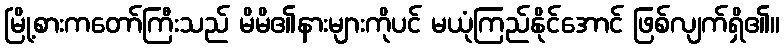
မြို့စားကတော်ကြီးသည် မိမိ၏နားများကိုပင် မယုံကြည်နိုင်အောင် ဖြစ်လျက်ရှိ၏။